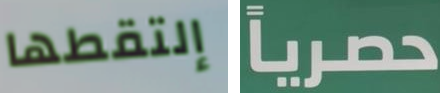
إلتقطها حصرياً